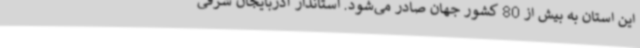
این استان به بیش از 80 کشور جهان صادر می‌شود. استاندار آذربایجان شرقی